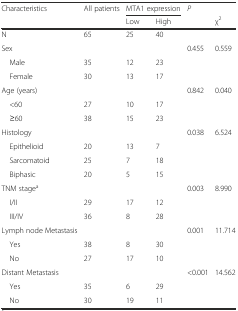
<table><thead><tr><td rowspan="2"><b>Characteristics</b></td><td rowspan="2"><b>All patients</b></td><td colspan="2"><b>MTA1 expression</b></td><td rowspan="2"><b><i>P</i></b></td><td></td></tr><tr><td><b>Low</b></td><td><b>High</b></td><td><b>χ<sup>2</sup></b></td></tr></thead><tbody><tr><td>N</td><td>65</td><td>25</td><td>40</td><td></td><td></td></tr><tr><td>Sex</td><td></td><td></td><td></td><td>0.455</td><td>0.559</td></tr><tr><td> Male</td><td>35</td><td>12</td><td>23</td><td></td><td></td></tr><tr><td> Female</td><td>30</td><td>13</td><td>17</td><td></td><td></td></tr><tr><td>Age (years)</td><td></td><td></td><td></td><td>0.842</td><td>0.040</td></tr><tr><td> &lt;60</td><td>27</td><td>10</td><td>17</td><td></td><td></td></tr><tr><td> ≥60</td><td>38</td><td>15</td><td>23</td><td></td><td></td></tr><tr><td>Histology</td><td></td><td></td><td></td><td>0.038</td><td>6.524</td></tr><tr><td> Epithelioid</td><td>20</td><td>13</td><td>7</td><td></td><td></td></tr><tr><td> Sarcomatoid</td><td>25</td><td>7</td><td>18</td><td></td><td></td></tr><tr><td> Biphasic</td><td>20</td><td>5</td><td>15</td><td></td><td></td></tr><tr><td>TNM stage<sup>a</sup></td><td></td><td></td><td></td><td>0.003</td><td>8.990</td></tr><tr><td> I/II</td><td>29</td><td>17</td><td>12</td><td></td><td></td></tr><tr><td> III/IV</td><td>36</td><td>8</td><td>28</td><td></td><td></td></tr><tr><td>Lymph node Metastasis</td><td></td><td></td><td></td><td>0.001</td><td>11.714</td></tr><tr><td> Yes</td><td>38</td><td>8</td><td>30</td><td></td><td></td></tr><tr><td> No</td><td>27</td><td>17</td><td>10</td><td></td><td></td></tr><tr><td>Distant Metastasis</td><td></td><td></td><td></td><td>&lt;0.001</td><td>14.562</td></tr><tr><td> Yes</td><td>35</td><td>6</td><td>29</td><td></td><td></td></tr><tr><td> No</td><td>30</td><td>19</td><td>11</td><td></td><td></td></tr></tbody></table>